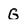
Character: G